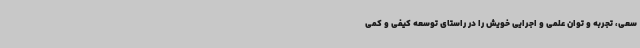
سعی، تجربه و توان علمی و اجرایی خویش را در راستای توسعه کیفی و کمی